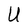
Character: U